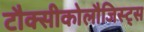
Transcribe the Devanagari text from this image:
टौक्सीकोलौजिस्ट्स